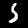
Digit: 5